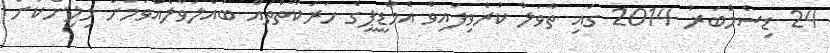
24 ޑިސެމްބަރު 2014 ގައި ތާވަލް ކުރެވިފައިވާ އެމްޑީޕީގެ ހަރަކާތްތައް ބައްލަވާލެއްވުމަށް މިލިންކަށް